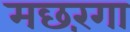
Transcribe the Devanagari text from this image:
मछरंगा